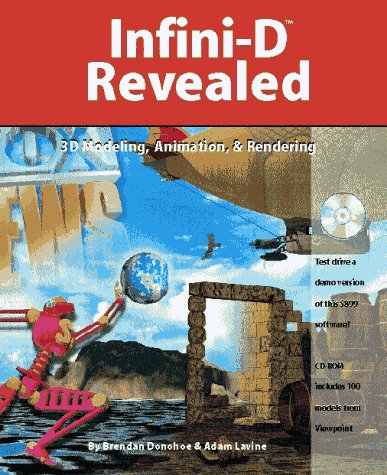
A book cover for Infini-D Revealed: 3D Modeling, Animation, & Rendering; Brendan Donohoe; Computers & Technology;